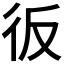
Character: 𢓉